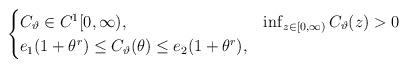
LaTeX: \begin{align*}\begin{cases}C_\vartheta \in C^1[0,\infty), &\inf_{z\in [0,\infty)}C_\vartheta (z)>0 \\e_1(1+\theta^r)\leq C_\vartheta(\theta)\leq e_2 (1+\theta^r), &\end{cases}\end{align*}